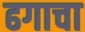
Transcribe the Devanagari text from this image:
ढगाचा